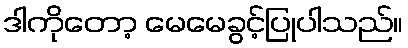
ဒါကိုတော့ မေမေခွင့်ပြုပါသည်။